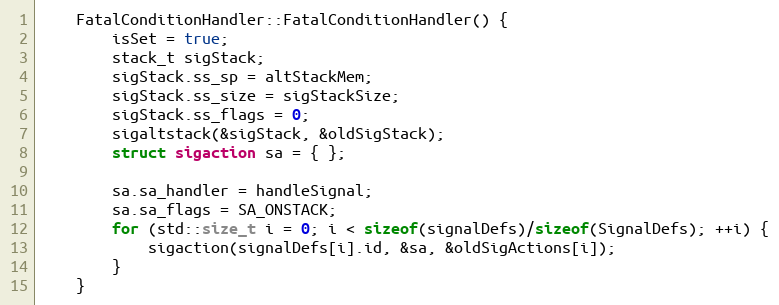
Language: C++
    FatalConditionHandler::FatalConditionHandler() {
        isSet = true;
        stack_t sigStack;
        sigStack.ss_sp = altStackMem;
        sigStack.ss_size = sigStackSize;
        sigStack.ss_flags = 0;
        sigaltstack(&sigStack, &oldSigStack);
        struct sigaction sa = { };

        sa.sa_handler = handleSignal;
        sa.sa_flags = SA_ONSTACK;
        for (std::size_t i = 0; i < sizeof(signalDefs)/sizeof(SignalDefs); ++i) {
            sigaction(signalDefs[i].id, &sa, &oldSigActions[i]);
        }
    }